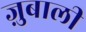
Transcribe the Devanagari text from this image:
ज़ुबाली